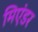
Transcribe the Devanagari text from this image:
मिएंडर